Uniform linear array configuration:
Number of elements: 12
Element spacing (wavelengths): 0.5
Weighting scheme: cosine
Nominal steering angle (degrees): -45
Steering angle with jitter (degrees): -46.785
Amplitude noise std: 0.05
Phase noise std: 0.05

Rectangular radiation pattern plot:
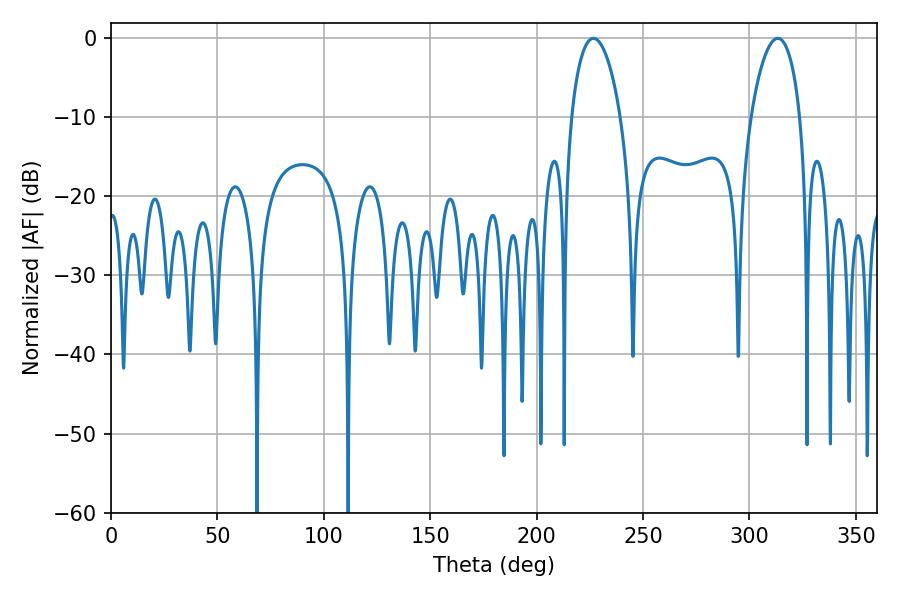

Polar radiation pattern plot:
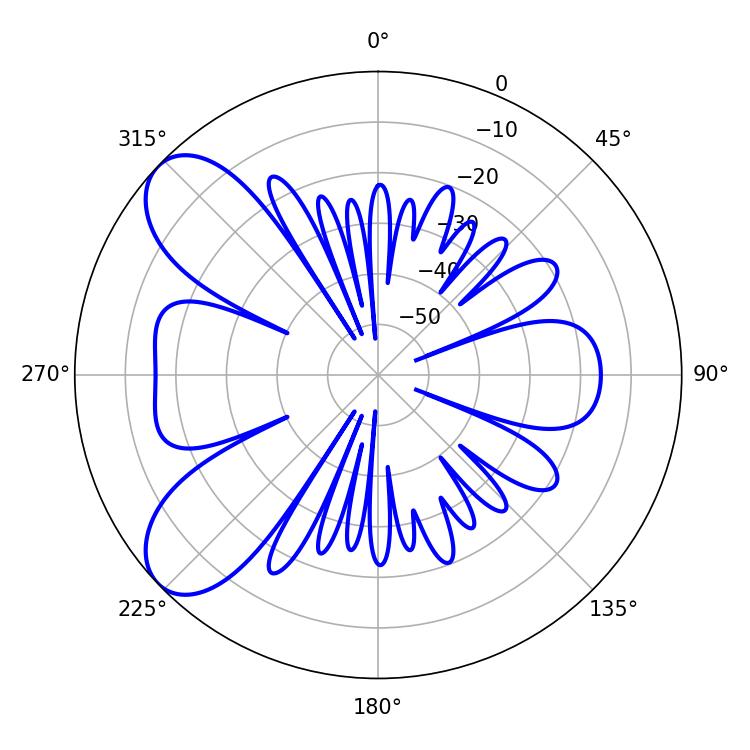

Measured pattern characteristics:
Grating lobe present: FALSE
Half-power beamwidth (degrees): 13.14
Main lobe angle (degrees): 226.62